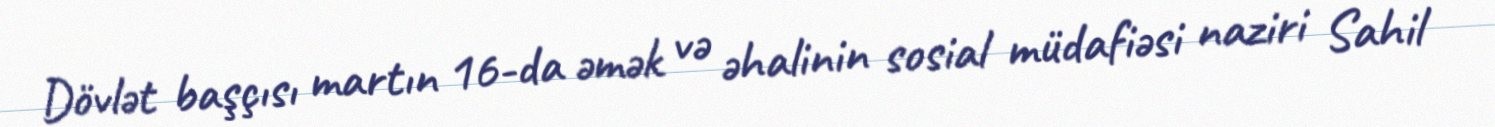
Dövlət başçısı martın 16-da əmək və əhalinin sosial müdafiəsi naziri Sahil